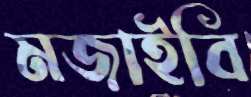
মজাইবি